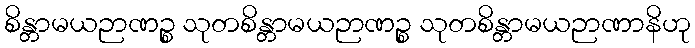
စိန္တာမယဉာဏဉ္စ သုတစိန္တာမယဉာဏဉ္စ သုတစိန္တာမယဉာဏာနိဟု